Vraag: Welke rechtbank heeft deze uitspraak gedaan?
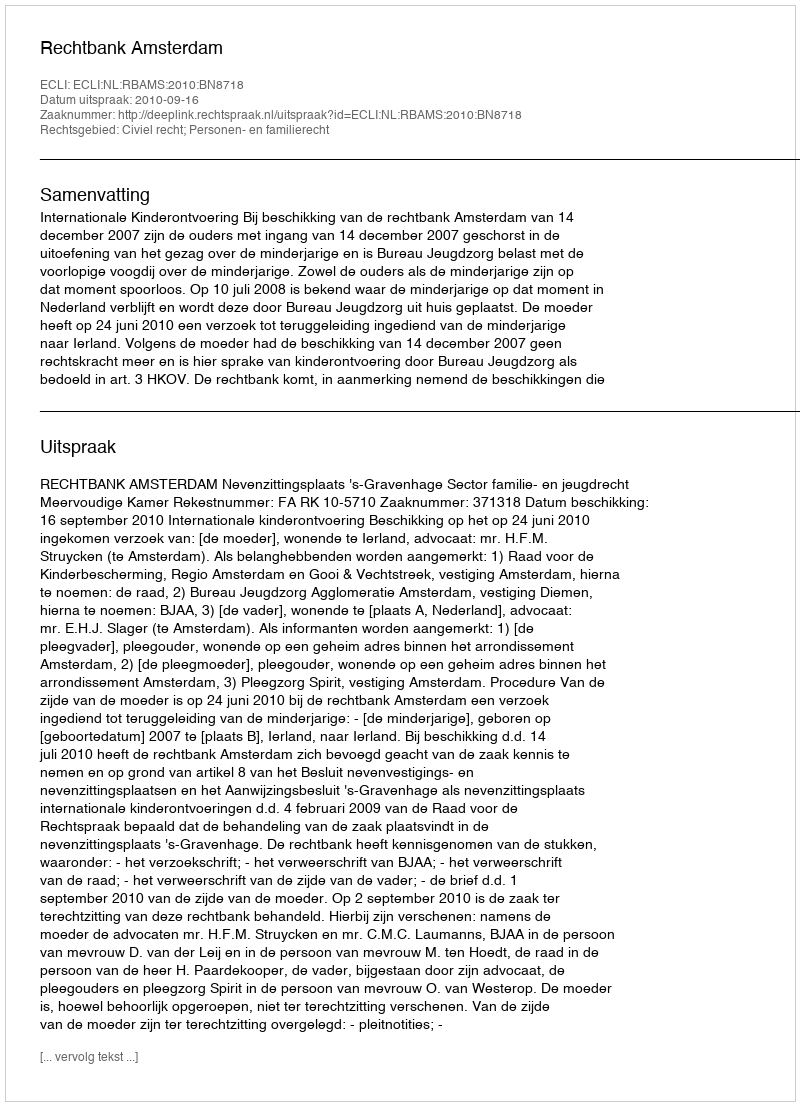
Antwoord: Rechtbank Amsterdam